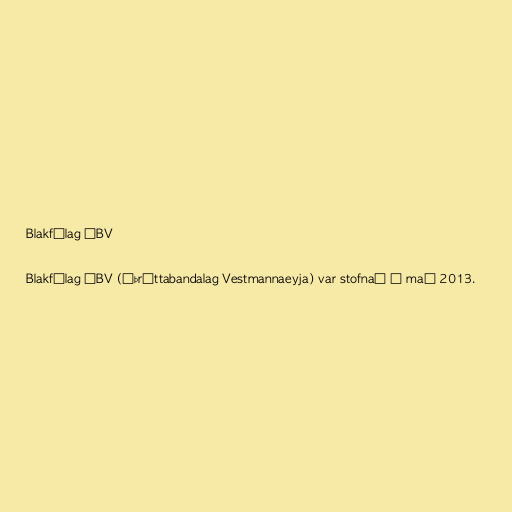
Blakfélag ÍBV

Blakfélag ÍBV (Íþróttabandalag Vestmannaeyja) var stofnað í maí 2013.